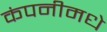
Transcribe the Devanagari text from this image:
कंपनीमधे